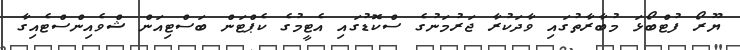
ޔޫރޯ ފުޓްބޯޅަ މުބާރާތުގައި ވާދަކުރާ ޖަރުމަނުގެ ސްކޮޑުގައި އެޓީމުގެ ކެޕްޓަން ބަސްޓިއަން ޝްވެއިންސްޓެއިގާ